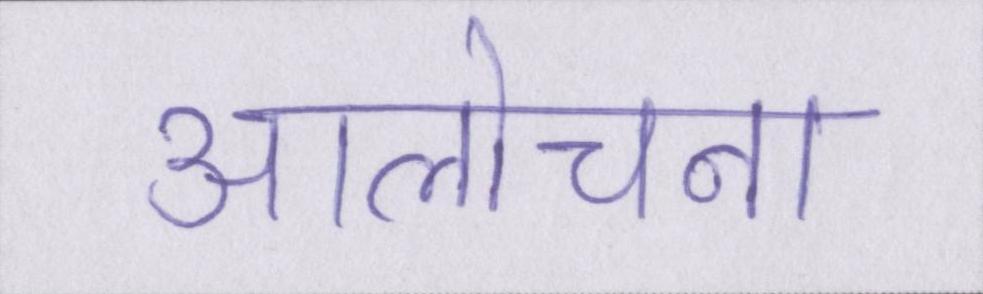
आलोचना